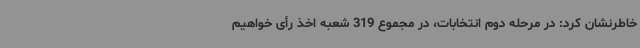
خاطرنشان کرد: در مرحله دوم انتخابات، در مجموع 319 شعبه اخذ رأی خواهیم